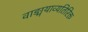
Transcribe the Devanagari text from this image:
वाङ्मयाव्यतिरिक्त